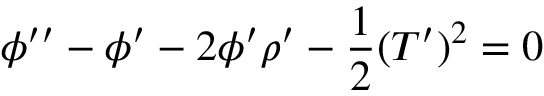
\phi ^ { \prime \prime } - \phi ^ { \prime } - 2 \phi ^ { \prime } \rho ^ { \prime } - \frac { 1 } { 2 } ( T ^ { \prime } ) ^ { 2 } = 0